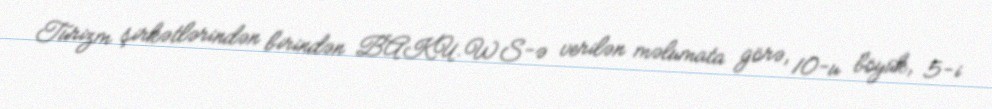
Turizm şirkətlərindən birindən BAKU.WS-ə verilən məlumata görə, 10-u böyük, 5-i